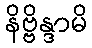
နိဗ္ဗိန္ဒာမိ